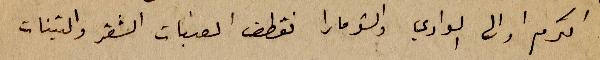
الكرم او الى الوادي والشومارا نقطف العنبات الشقر والتينات